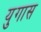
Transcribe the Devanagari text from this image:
युगास